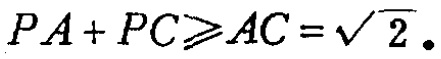
\(PA + PC\geqslant AC = \sqrt{2}.\)